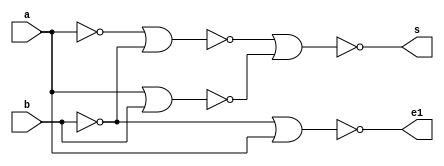
// Guia 03 - Capitulo 3
// Nome: Karen Alves Pereira
// Data: 24/02/2011
//------------------------------------
// -- Meia-Diferenca 
//-------------------------------------

 module halfSubtractornor(s, e1, a, b);   //--criando entradas e saidas
 output s, e1;                            //--definindo saidas    
 input a, b;                              //--definindo entradas
 wire tem1, tem2, tem3;                   //-- "declarando variavel para receber valores"
 
 //--E1                                   //--portas para construcao da tabela verdade da meia-diferenca
 nor NOR1(tem1, b, b);
 nor NOR2(e1, tem1, a);
 //--AND
 nor NOR3(y, a, a);
 nor NOR4(x, y, tem1);
  //--OR
 nor NOR5(tem3, a, b);
 nor NOR6(tem4, tem3, tem3);
 //--XOR
 nor NOR7(tem5, tem4, tem4);
 nor NOR8(s, x, tem5);
 
 endmodule       //-- Fim modulo  halfSubtractornor
 
 //-------------------------------------
 // -- Teste halfSubtractor
 //-------------------------------------
 
 module testhalfSubtractornor;     //--criando modulo teste
 reg a, b;                         //-- valores definidos (registradores)
 wire s, v1;                        //-- valor alternado de acordo com a operacao
 
 halfSubtractornor NOR1(s, v1, a, b);            //-- chamando o modulo
 
 		initial begin
	   $display("Guia 03 - Karen Alves Pereira - 407451");                  //-- imprimindo na tela
		$display("Operador de meia-diferenca apenas com portas NOR");
		$display("\na b s e1");
		$monitor("%b %b %b %b", a, b, s, v1);
		a=0; b=0;           //-- fornecendo valores
 #1   a=0; b=1;
 #1   a=1; b=0;
 #1   a=1; b=1;
 end               //-- fim begin
 endmodule    //-- fim modulo  testhalfSubtractornor